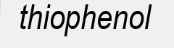
thiophenol